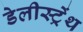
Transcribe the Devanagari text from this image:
डेलीस्ट्रेंथ